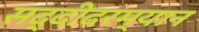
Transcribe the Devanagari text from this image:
सद्दीदरम्यान